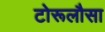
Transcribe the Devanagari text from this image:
टोरूलौसा